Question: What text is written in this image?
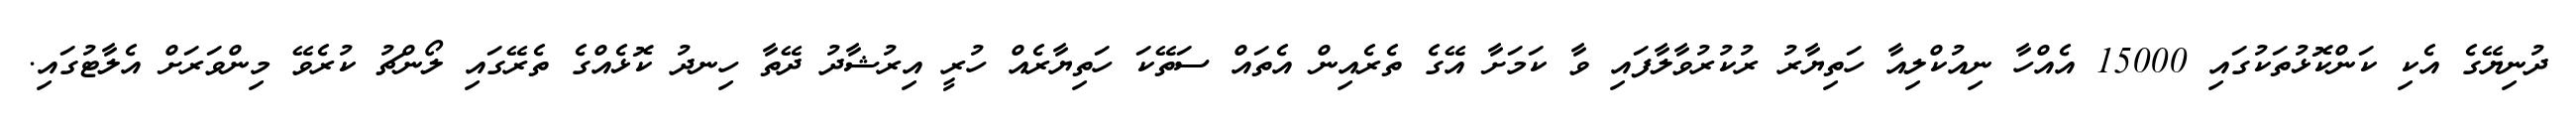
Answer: ދުނިޔޭގެ އެކި ކަންކޮޅުތަކުގައި 15000 އެއްހާ ނިއުކްލިއާ ހަތިޔާރު ރުކުރުވާލާފައި ވާ ކަމަށާ އޭގެ ތެރެއިން އެތައް ސަތޭކަ ހަތިޔާރެއް ހުރީ އިރުޝާދު ދޭތާ ހިނދު ކޮޅެއްގެ ތެރޭގައި ލޯންޗު ކުރެވޭ މިންވަރަށް އެލާޓުގައި.